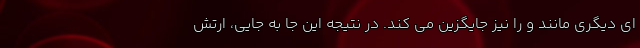
ای دیگری مانند و را نیز جایگزین می کند. در نتیجه این جا به جایی، ارتش